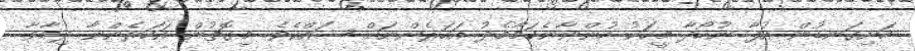
ހަށިގަނޑުން އުފާ ނުހޯދާ މީހަކު ހުންނާނެކަމާމެދު އަހަރެންނަށް ޝައްކެވެ. މިގޮތުން އަހަރެންނާ ދިމާވާ